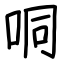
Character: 哃